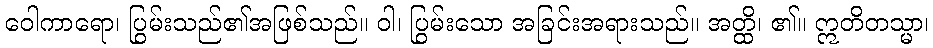
ဝေါကာရော၊ ပြွမ်းသည်၏အဖြစ်သည်။ ဝါ၊ ပြွမ်းသော အခြင်းအရားသည်။ အတ္ထိ၊ ၏။ ဣတိတသ္မာ၊